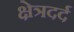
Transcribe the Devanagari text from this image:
क्षेत्रदर्द